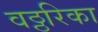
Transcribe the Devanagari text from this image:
वठ्ठरिका